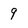
Character: 9